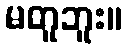
မတူဘူး။